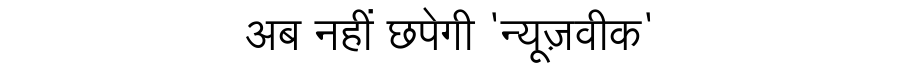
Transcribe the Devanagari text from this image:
अब नहीं छपेगी 'न्यूज़वीक'